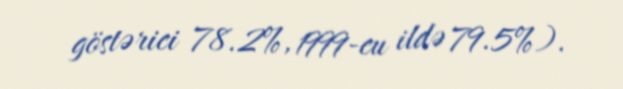
göstərici 78.2%, 1999-cu ildə 79.5%).